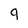
Character: 9